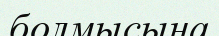
болмысына